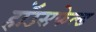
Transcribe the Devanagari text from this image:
हॉउसफेल्ड